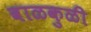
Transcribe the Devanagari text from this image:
वाळकुळी